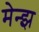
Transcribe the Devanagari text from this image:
मेन्झ